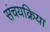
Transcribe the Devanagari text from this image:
संचयक्रिया